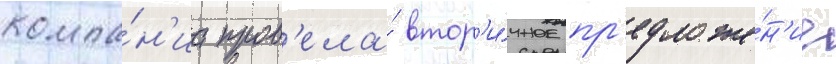
компа́н'иа пров'ела́ втор'и́чное пр'едложе́н'ие